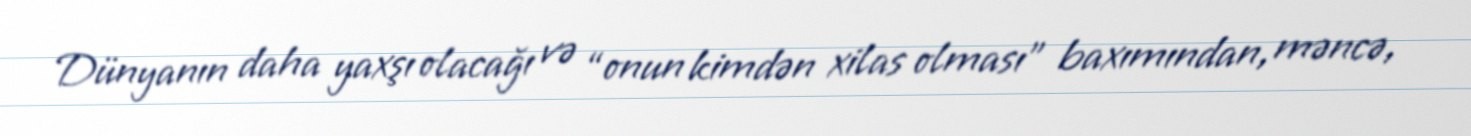
Dünyanın daha yaxşı olacağı və “onun kimdən xilas olması” baxımından, məncə,